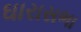
ઘારાસભા